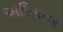
અધિકતર